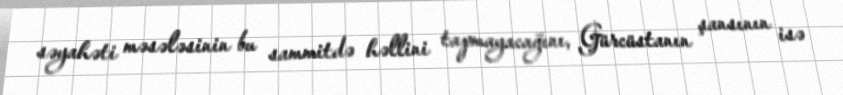
səyahəti məsələsinin bu sammitdə həllini tapmayacağını, Gürcüstanın şansının isə